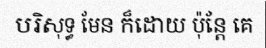
បរិសុទ្ធ មែន ក៏ដោយ ប៉ុន្តែ គេ